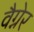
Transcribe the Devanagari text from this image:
वैग्नेर